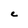
Character: C